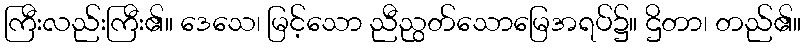
ကြီးလည်းကြီး၏။ ဒေသေ၊ မြင့်သော ညီညွတ်သောမြေအရပ်၌။ ဌိတာ၊ တည်၏။